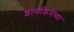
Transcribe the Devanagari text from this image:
शल्यक्रियेच्या